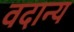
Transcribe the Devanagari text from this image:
वदान्य